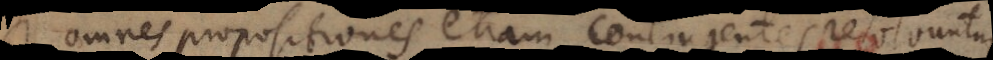
omnes propositiones etiam contingentes resolvuntur